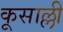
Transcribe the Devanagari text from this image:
कूसाल्ली